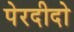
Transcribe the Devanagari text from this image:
पेरदीदो